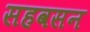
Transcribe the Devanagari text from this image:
सहवसन